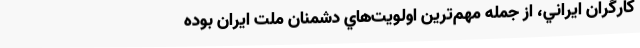
كارگران ايراني، از جمله مهم‌ترين اولويت‌هاي دشمنان ملت ايران بوده